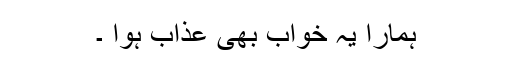
ہمارا یہ خواب بھی عذاب ہوا ۔